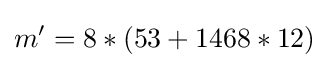
m'=8*(53+1468*12)